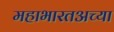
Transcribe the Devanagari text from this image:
महाभारतअच्या